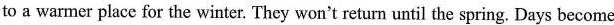
to a warmer place for the winter. They won't return until the spring. Days become